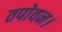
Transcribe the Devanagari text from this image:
तपोवन।